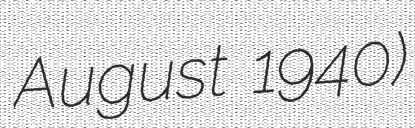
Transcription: August 1940)